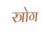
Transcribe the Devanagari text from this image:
स्त्रोग